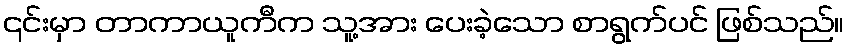
၎င်းမှာ တာကာယူကီက သူ့အား ပေးခဲ့သော စာရွက်ပင် ဖြစ်သည်။